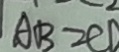
A B = 2 C D